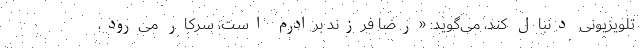
تلویزیونی دنبال کند، می‌گوید: «رضا فرزند برادرم است، سرکار می‌رود،